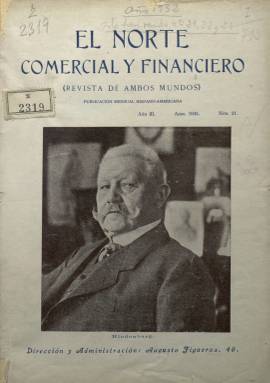
Título: El Norte comercial y financiero
Colección: Economía
Ámbito geográfico: Madrid
Lugar de publicación: Madrid
Fechas: 01/04/1932-31/07/1932

Publicación mensual que comenzó a editarse en 1930 en Madrid, con delegaciones en Bilbao y Barcelona, y que llevaba por subtítulo el de Revista de ambos mundos, dado que se distribuía también en América e incluía información de estos países. Su contenido era especializado en asuntos económicos y contaba con una amplia red de colaboradores.

   La Biblioteca Nacional sólo cuenta con tres números de esta revista, todos ellos del año 1932. No hay apenas datos referentes a esta publicación, por lo que se desconoce cuándo dejó de editarse. Si no es que fue antes, probablemente terminaría su andadura con el estallido de la Guerra Civil.

   Se trata de una revista con un perfil conservador pero con un marcado interés por los asuntos sociales, como se deduce de los artículos publicados en los números que se pueden consultar en la BNE. Así, en el primero de ellos, de abril de 1932, se puede ver una fotografía en portada del mariscal Hindenburg, presidente de Alemania durante la República de Weimar que al año siguiente llevaría a Hitler al poder nombrándolo canciller. La imagen de Hindenburg sirve para ilustrar un artículo en páginas interiores con motivo del 50 aniversario de los seguros sociales en Alemania, creación del canciller Bismarck. En el artículo se señala como estos seguros que se han extendido desde entonces por toda Europa han servido para frenar el marxismo y la ideología comunista.

    En otro artículo podemos leer un artículo sobre un tema candente en la España de la época, como era la reforma agraria aprobada por el Gobierno de Manuel Azaña.

   No obstante, los artículos de contenido económico y financiero eran los predominantes en la revista, que incluía anuncios de bancos y compañías de seguros, publicidad con la que se financiaría esta publicación de alcance minoritario.

   Los números de la revista contaban con casi 70 páginas y había también información gráfica, fundamentalmente fotografías que contribuían a hacer más atractiva la publicación. Por ejemplo, en ese mismo número puede verse un automóvil de la policía de Michigan blindado, construido a prueba de balas, lo que era sin duda una necesidad en las convulsas ciudades americanas donde campaban a sus anchas los ‘gangsters’.

  En el número de mayo de 1932 se lee una información curiosa que no dejará de sorprender. En unos años en que mostrar en público la tradicional bandera bicolor española, roja y gualda, era algo perseguido por el Gobierno republicano con multas, la noticia da fe de cómo las mujeres monárquicas se pintaban los labios de rojo y se introducían en la boca una rajita de limón para representar y mostrar así los colores de la bandera nacional.

  En la última página de la revista figuraba un amplio listado con el nombre de los colaboradores de la revista, entre los que había catedráticos, ex ministros, ingenieros, abogados, publicistas y otras profesiones.

[Descripción publicada el 17/08/2022]